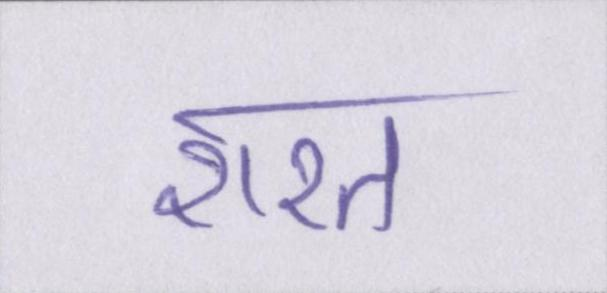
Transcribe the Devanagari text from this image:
शरत